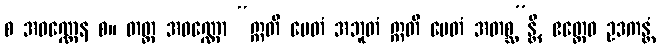
စ အဝဏ္ဏေန စ။ တတ္ထ အဝဏ္ဏော “ဣတိ ပေတံ အဘူတံ ဣတိ ပေတံ အတစ္ဆ”န္တိ, ဧတ္ထေဝ ဥဒကန္တံ